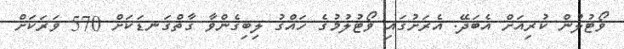
ވޯޓުލުން ކުރިއަށް އެބަދޭ. އެރަށުގައި ވޯޓުލުމުގެ ހައްގު ލިބިގެންވާ ގާތްގަނޑަކަށް 570 ވަރަކަށް